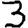
Digit: 3